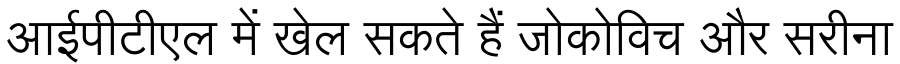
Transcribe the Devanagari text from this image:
आईपीटीएल में खेल सकते हैं जोकोविच और सरीना